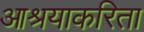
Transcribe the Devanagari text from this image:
आश्रयाकरिता